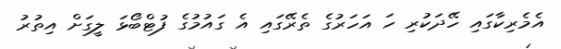
އެމެރިކާގައި ހޭދަކުރި ހަ އަހަރުގެ ތެރޭގައި އެ ގައުމުގެ ފުޓްބޯޅަ ލީގަށް އިތުރު